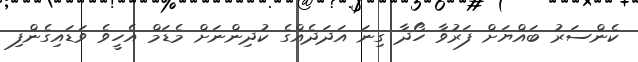
ކެންސަރު ބައްޔަށް ފަރުވާ ހޯދާ ގިނަ އަދަދެއްގެ ކުދިންނަށް މެޑަމް އެހީވެ ވަޑައިގެންފި